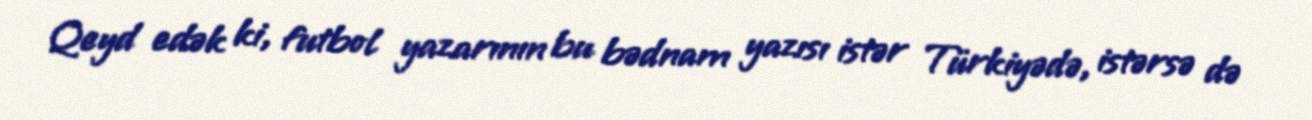
Qeyd edək ki, futbol yazarının bu bədnam yazısı istər Türkiyədə, istərsə də